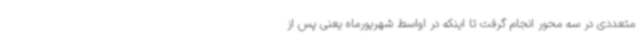
متعددی در سه محور انجام گرفت تا اینکه در اواسط شهریورماه یعنی پس از